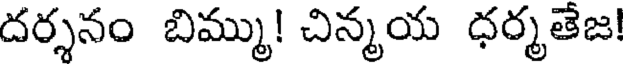
దర్శనం బిమ్ము! చిన్మయ ధర్మతెజ!